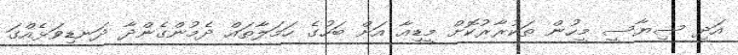
އަދި ސިޔާސީ މީހުން ތަކުރާރުކޮށް މީޑިއާ އަށް ބަހުގެ ހަމަލާތައް ދެމުންގެންދާ ދަނޑިވަޅެއްގަ